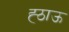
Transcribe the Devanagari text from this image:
ह्ठाऊ